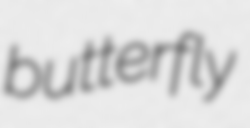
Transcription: butterfly